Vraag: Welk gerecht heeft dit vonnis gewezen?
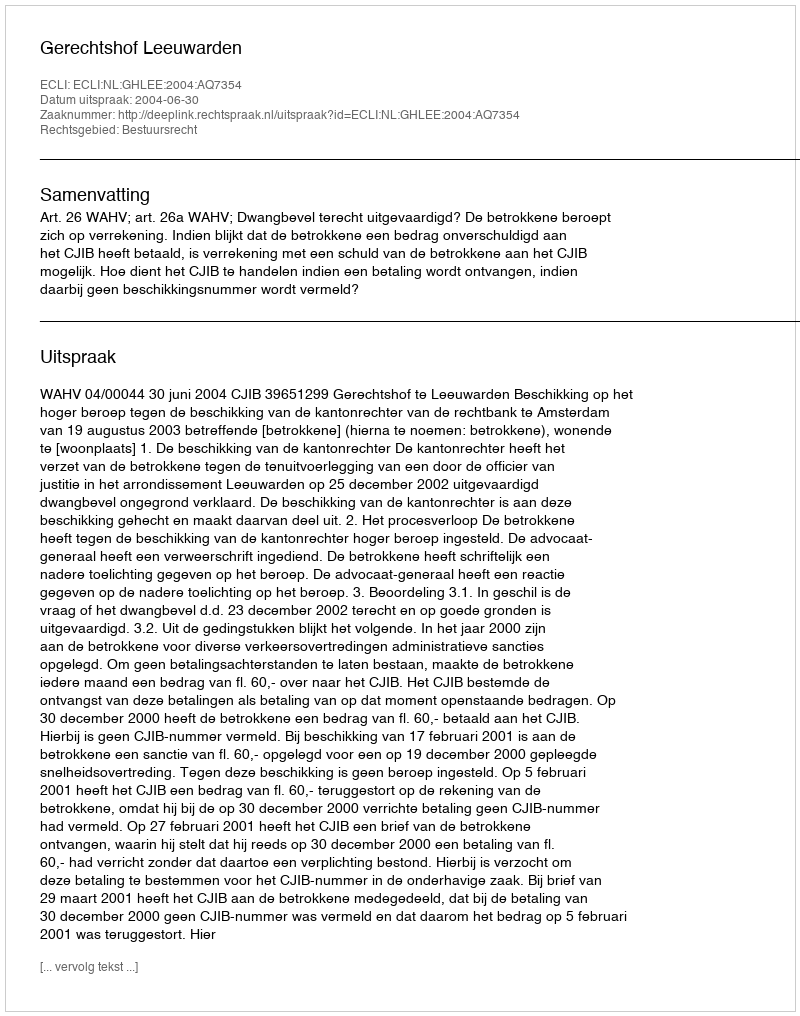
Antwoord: Gerechtshof Leeuwarden